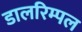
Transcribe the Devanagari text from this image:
डालरिम्पल